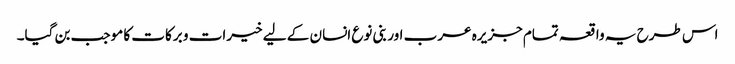
اس طرح یہ واقعہ تمام جزیرہ عرب اور بنی نوع انسان کے لیے خیرات و برکات کا موجب بن گیا۔